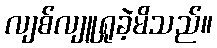
လျစ်လျူရှုခဲ့မိသည်။